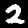
Digit: 2